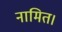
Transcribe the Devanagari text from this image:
नामित।